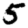
Digit: 5